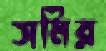
সমির